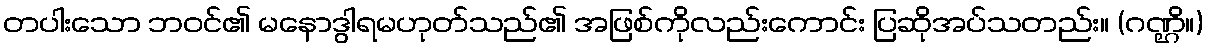
တပါးသော ဘဝင်၏ မနောဒွါရမဟုတ်သည်၏ အဖြစ်ကိုလည်းကောင်း ပြဆိုအပ်သတည်း။ (ဂဏ္ဌိ။)